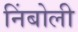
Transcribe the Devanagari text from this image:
निंबोली